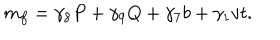
LaTeX: m _ { f } = \gamma _ { 8 } P + \gamma _ { 9 } Q + \gamma _ { 7 } b + \gamma _ { 1 } v t .